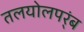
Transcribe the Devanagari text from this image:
तलयोलपर्ंब